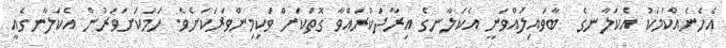
އެހެނެއްކަމަކު އެކަލާނގެ  ބާވައިލައްވަނީ އެކަލާނގެ އިރާދަކުރައްވާ ގޮތަކަށް ވަކިމިންވަރަކަށެވެ. ހަމަކަށަވަރުން އެކަލާނގެއީ